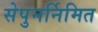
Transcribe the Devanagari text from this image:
सेपुनर्निमित